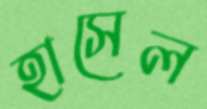
হাসেল